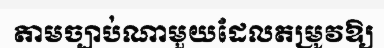
តាមច្បាប់ណាមួយដែលតម្រូវឱ្យ